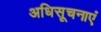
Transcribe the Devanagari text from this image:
अधिसूचनाएं